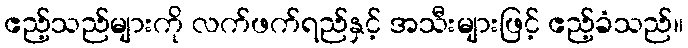
ဧည့်သည်များကို လက်ဖက်ရည်နှင့် အသီးများဖြင့် ဧည့်ခံသည်။